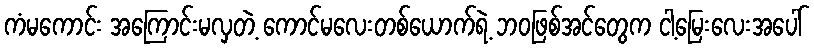
ကံမကောင်း အကြောင်းမလှတဲ့ ကောင်မလေးတစ်ယောက်ရဲ့ ဘဝဖြစ်အင်တွေက ငါ့မြေးလေးအပေါ်